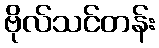
ဗိုလ်သင်တန်း